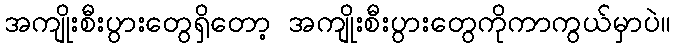
အကျိုးစီးပွားတွေရှိတော့ အကျိုးစီးပွားတွေကိုကာကွယ်မှာပဲ။